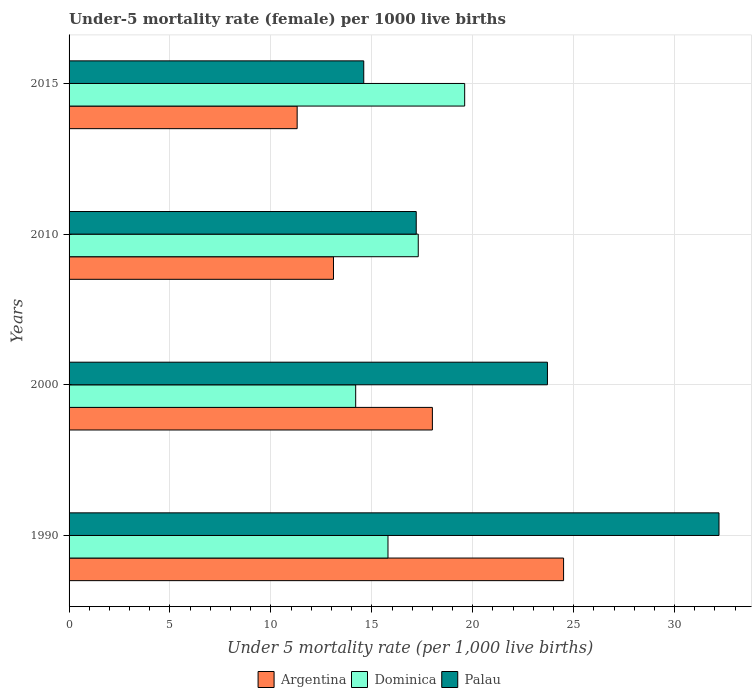
| Years | Argentina | Dominica | Palau |
 | --- | --- | --- | --- |
 | 1990 | 24.5 | 15.8 | 32.2 |
 | 2000 | 18 | 14.2 | 23.7 |
 | 2010 | 13.1 | 17.3 | 17.2 |
 | 2015 | 11.3 | 19.6 | 14.6 |